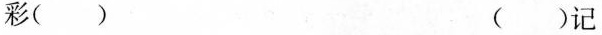
彩( ) ( )记